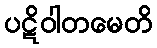
ပဋိဝါတမေတိ